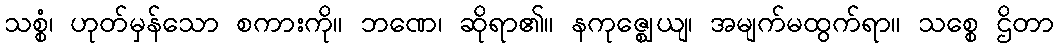
သစ္စံ၊ ဟုတ်မှန်သော စကားကို။ ဘဏေ၊ ဆိုရာ၏။ နကုဇ္ဈေယျ၊ အမျက်မထွက်ရာ။ သစ္စေ ဌိတာ